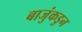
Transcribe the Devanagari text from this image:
बाजुंकडुन